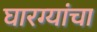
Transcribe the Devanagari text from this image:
घारग्यांचा